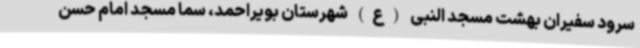
سرود سفیران بهشت مسجد النبی (ع) شهرستان بویراحمد، سما مسجد امام حسن